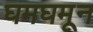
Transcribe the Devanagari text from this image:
घमघमून